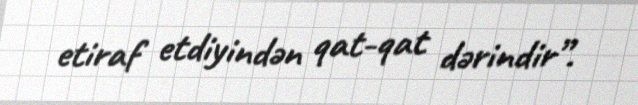
etiraf etdiyindən qat-qat dərindir”.